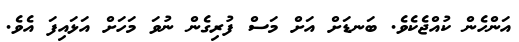
އަންހެން ކުއްޖެކެވެ. ބަނޑަށް އަށް މަސް ފުރިގެން ނުވަ މަހަށް އަޅައިފަ އެވެ.